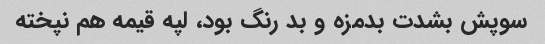
سوپش بشدت بدمزه و بد رنگ بود، لپه قیمه هم نپخته